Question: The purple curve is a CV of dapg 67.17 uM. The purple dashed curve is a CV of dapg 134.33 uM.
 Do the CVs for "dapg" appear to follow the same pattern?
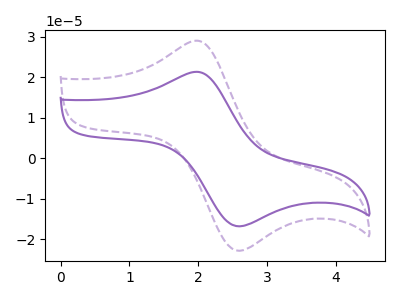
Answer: <think>The purple curve "dapg 67.17 uM" has an anodic peak at (2.00V, 21.30uA) and a cathodic peak at (2.60V, -16.75uA). The purple dashed curve "dapg 134.33 uM" has an anodic peak at (2.00V, 28.95uA) and a cathodic peak at (2.60V, -22.80uA).
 All the peaks in "dapg 67.17 uM" have a peak in "dapg 134.33 uM" at the same potential. Every peak in "dapg 67.17 uM" is lower than every peak in "dapg 134.33 uM".</think>
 <answer>All the CV's of "dapg" have similar shape.</answer>
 <eval>follow_rule</eval>